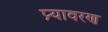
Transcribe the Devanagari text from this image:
प्र्यावरण